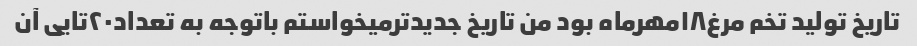
تاریخ تولید تخم مرغ۱۸مهرماه بود من تاریخ جدیدترمیخواستم باتوجه به تعداد۲۰تایی آن